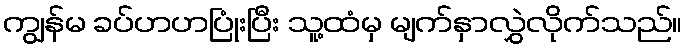
ကျွန်မ ခပ်ဟဟပြုံးပြီး သူ့ထံမှ မျက်နှာလွှဲလိုက်သည်။